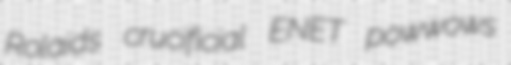
Rolaids crucificial ENET powwows